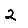
Digit: 2